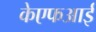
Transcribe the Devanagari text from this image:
केएफआई